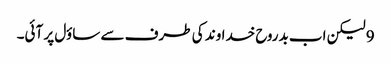
9 لیکن اب بدروح خداوند کی طرف سے ساؤل پر آئی۔